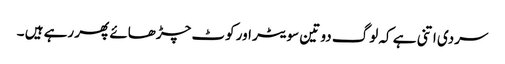
سردی اتنی ہے کہ لوگ دو تین سویٹر اور کوٹ چڑھائے پھر رہے ہیں ۔